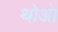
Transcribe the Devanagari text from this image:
थोआे